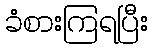
ခံစားကြရပြီး